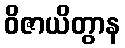
ဝိဇာယိတွာန